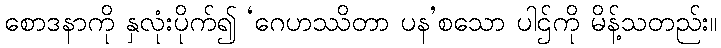
စောဒနာကို နှလုံးပိုက်၍ ‘ဂေဟဿိတာ ပန’စသော ပါဌ်ကို မိန့်သတည်း။